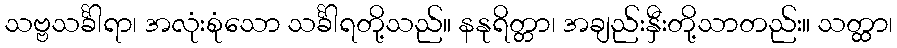
သဗ္ဗသင်္ခါရာ၊ အလုံးစုံသော သင်္ခါရတို့သည်။ နနုရိတ္တာ၊ အချည်းနှီးတို့သာတည်း။ သတ္ထာ၊